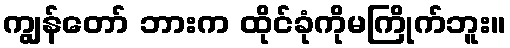
ကျွန်တော် ဘားက ထိုင်ခုံကိုမကြိုက်ဘူး။